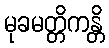
မုခမတ္တိကန္တိ